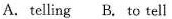
A. telling B. to tell